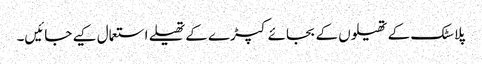
پلاسٹک کے تھیلوں کے بجائے کپڑے کے تھیلے استعمال کیے جائیں۔